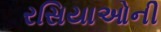
રસિયાઓની